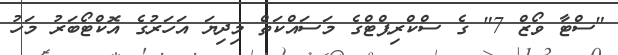
"ސްޓާ ވޯޒް 7" ގެ ސްކްރިޕްޓްގެ މަސައްކަތް މިދިޔަ އަހަރުގެ އޮކްޓޯބަރު މަހު